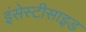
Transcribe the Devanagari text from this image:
इंसेस्टीसाइड